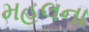
મહલના